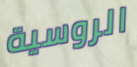
الروسية